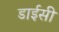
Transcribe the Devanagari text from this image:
डाईसी